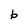
Character: b